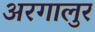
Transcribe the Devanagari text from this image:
अरगालुर